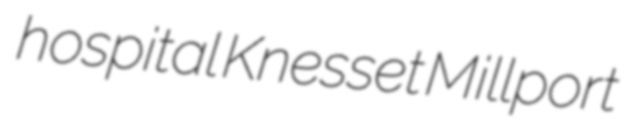
hospital Knesset Millport